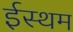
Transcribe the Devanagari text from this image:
ईस्थम